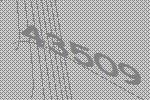
43509